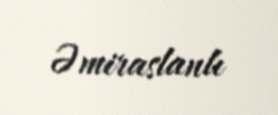
Əmiraslanlı